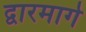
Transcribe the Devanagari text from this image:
द्वारमार्ग